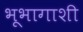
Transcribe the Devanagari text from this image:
भूभागाशी